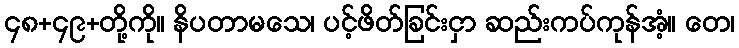
၄၈+၄၉+တို့ကို။ နိပတာမသေ၊ ပင့်ဖိတ်ခြင်းငှာ ဆည်းကပ်ကုန်အံ့။ တေ၊